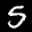
Label: 5